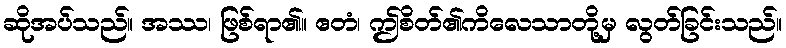
ဆိုအပ်သည်။ အဿ၊ ဖြစ်ရာ၏။ ဧတံ၊ ဤစိတ်၏ကိလေသာတို့မှ လွတ်ခြင်းသည်။